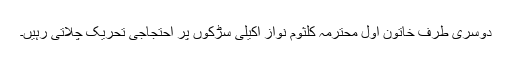
دوسری طرف خاتون اوّل محترمہ کلثوم نواز اکیلی سڑکوں پر احتجاجی تحریک چلاتی رہیں۔